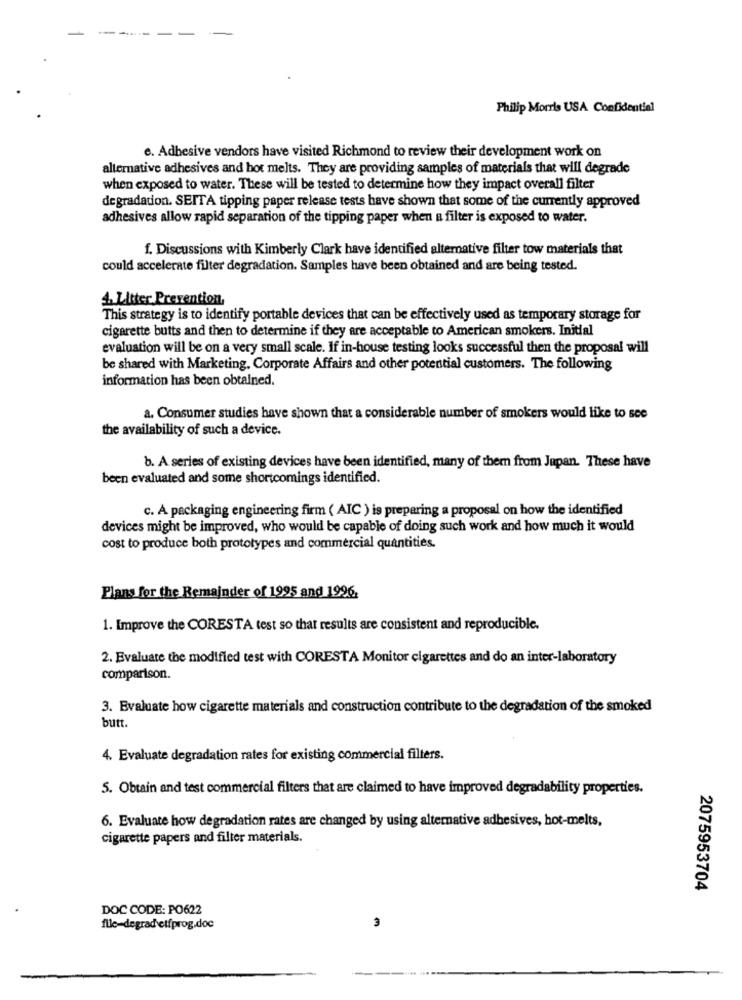
Philip Morris USA Confidentiel
e. Adhesive vendors have visited Richmond to review their development work on
alternative adhesives and hot melts. They are providing samples of materials that will degrade
when exposed to water. These will be tested to determine how they impact overall filter
degradation. SEITA tipping paper release tests have shown that some of the currently approved
adhesives allow rapid separation of the tipping paper when a filter is exposed to water.
f. Discussions with Kimberly Clark have identified alternative filter tow materials that
could accelerate filter degradation. Samples have been obtained and are being tested.
4. Litter Prevention
This strategy is to identify portable devices that can be effectively used as temporary storage for
cigarette butts and then to determine if they are acceptable to American smokers. Initial
evaluation will be on a very small scale. If in-house testing looks successful then the proposal will
be shared with Marketing, Corporate Affairs and other potential customers. The following
information has been obtained.
a. Consumer studies have shown that a considerable number of smokers would like to see
the availability of such a device.
b. A series of existing devices have been identified, many of them from Japan. These have
been evaluated and some shortcomings identified.
c. A packaging engineering firm ( AIC ) is preparing a proposal on how the identified
devices might be improved, who would be capable of doing such work and how much it would
cost to produce both prototypes and commercial quantities.
Plans for the Remainder of 1995 and 1996
1. Improve the CORESTA test so that results are consistent and reproducible.
2. Evaluate the modified test with CORESTA Monitor cigarettes and do an inter-laboratory
comparison.
3. Evaluate how cigarette materials and construction contribute to the degradation of the smoked
butt.
4. Evaluate degradation rates for existing commercial filters.
5. Obtain and test commercial filters that are claimed to have improved degradability properties.
6. Evaluate how degradation rates are changed by using alternative adhesives, hot-melts,
cigarette papers and filter materials.
2075953704
DOC CODE: PO622
file-degrad etfprog.doc